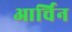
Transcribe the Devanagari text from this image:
आर्चिन